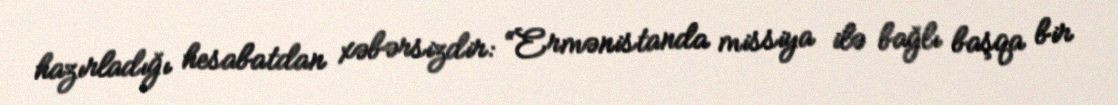
hazırladığı hesabatdan xəbərsizdir: “Ermənistanda missiya ilə bağlı başqa bir